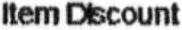
ITEM DISCOUNT